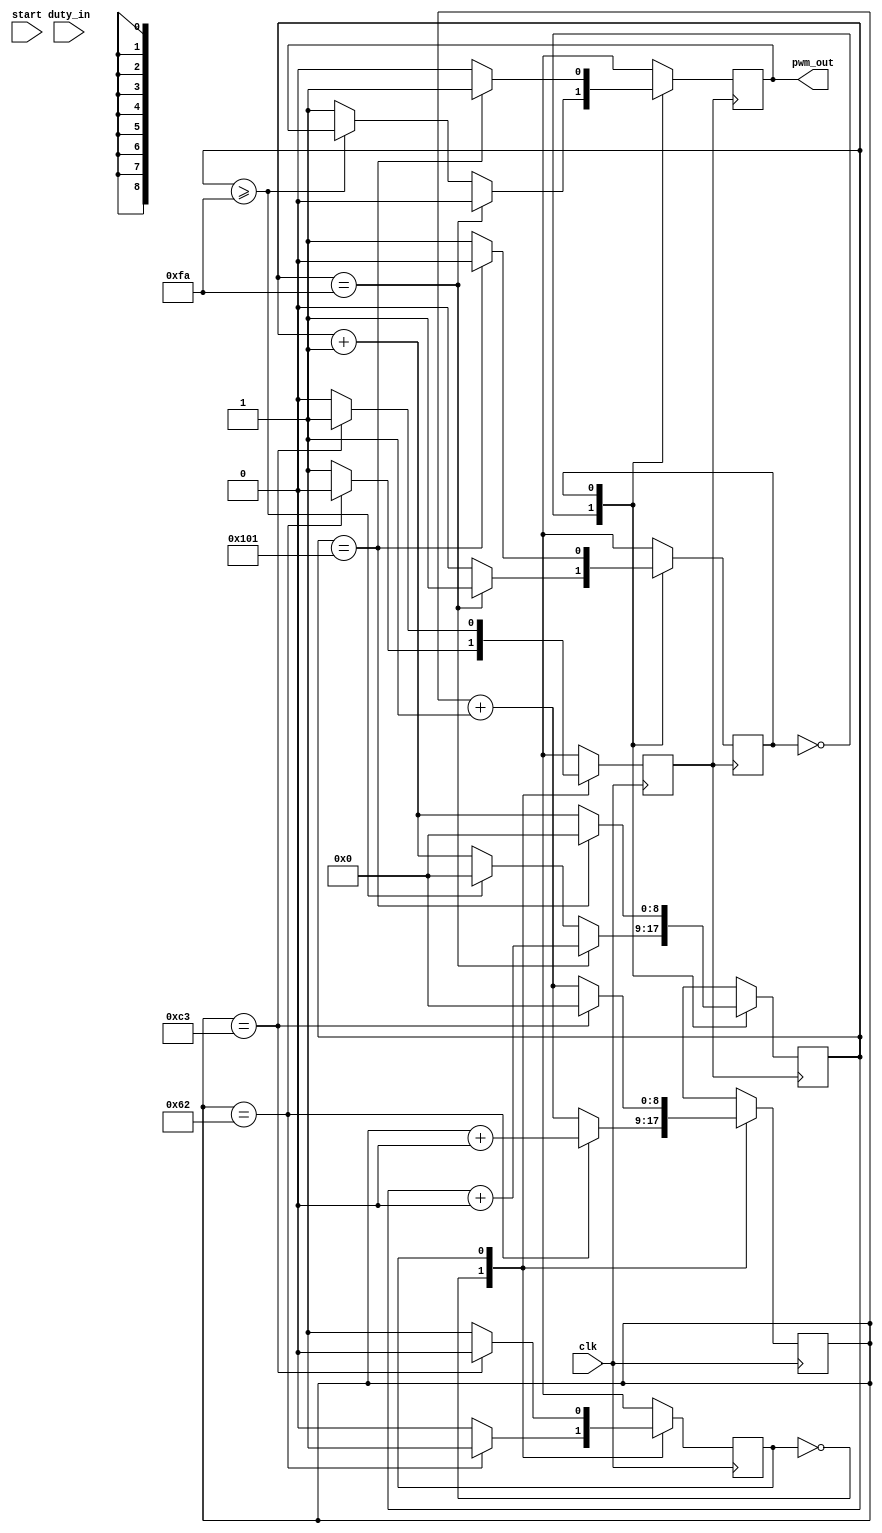
//------------------------------------
// 8-bit PWM Core by Azhar
// Lang: Verilog HDL
//
// Desc:
// 8-bit PWM core dengan base freq ~= 1kHz
//-------------------------------------
module pwm_core(
	clk,
	duty_in,
	pwm_out, start	
);

input start;
input clk;
input [7:0] duty_in;
output pwm_out;

reg [8:0] duty_cycle=8'd250; //0-255
reg [6:0] duty_1;
reg [8:0] count=9'd0;
reg [8:0] count_pwm=9'd0;

reg clk_256kHz=1'd0;
reg state_256kHz=1'd0;
reg pwm_reg=1'd0;
reg state=1'd0;

parameter POSEDGE_256kHz = 1'd0;
parameter NEGEDGE_256kHz = 1'd1;

parameter POSEDGE = 1'd0;
parameter NEGEDGE = 1'd1;

//----Clock Devider 256kHz
always @(posedge clk) begin
	case(state_256kHz)
		POSEDGE_256kHz: begin
			if(count==8'd98) begin
				clk_256kHz<=1'd0;
				count<=count+1'd0;
				state_256kHz<=NEGEDGE_256kHz;
			end
			else begin
				count<=count+1'b1;
				clk_256kHz<=1'b1;
				state_256kHz<=POSEDGE_256kHz;
			end			
		end
		NEGEDGE_256kHz: begin
			if(count==8'd195) begin
				count<=8'd0;
				clk_256kHz<=1'b1;
				state_256kHz<=POSEDGE_256kHz;
			end
			else begin
				count<=count+1'b1;
				clk_256kHz<=1'b0;
				state_256kHz<=NEGEDGE_256kHz;
			end
		end
		default: ;
		endcase
end

//------ PWM base freq = 1kHz
always @(posedge clk_256kHz) begin
	case(state)
		POSEDGE: begin
			if(count_pwm==duty_cycle) begin 
				pwm_reg<=1'd0;
				count_pwm<=count_pwm+1'd0;
				state<=NEGEDGE;
			end
			else if (count_pwm>=duty_cycle) begin
				count_pwm<=1'b0;
				state<=POSEDGE;
			end
			else begin
				count_pwm<=count_pwm+1'b1;
				pwm_reg<=1'b1;
				state<=POSEDGE;
			end			
		end
		NEGEDGE: begin
			if(count_pwm==9'd257) begin
				pwm_reg=1'b1;
				count_pwm<=7'd0;
				state<=POSEDGE;
			end
			else begin
				count_pwm<=count_pwm+1'b1;
				pwm_reg<=1'b0;
				state<=NEGEDGE;
			end
		end
		default: ;
		endcase
end

assign pwm_out=pwm_reg;
		
endmodule